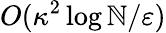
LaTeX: O(\kappa^{2}\log\mathbb{N}/\varepsilon)